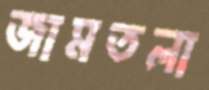
জামতলা